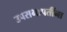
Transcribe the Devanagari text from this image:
उपसभापतींना